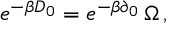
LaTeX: e ^ { - \beta D _ { 0 } } = e ^ { - \beta \partial _ { 0 } } \, \Omega \, ,